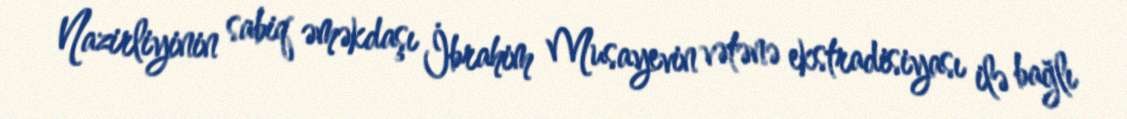
Nazirliyinin sabiq əməkdaşı İbrahim Musayevin vətənə ekstradisiyası ilə bağlı